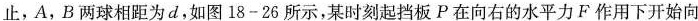
止，A，B两球相距为d，如图18-26所示，某时刻起挡板P在向右的水平力F作用下开始向